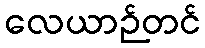
လေယာဉ်တင်